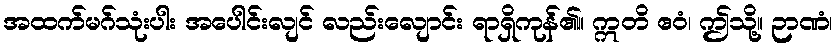
အထက်မဂ်သုံးပါး အပေါင်းလျင် လည်းလျောင်း ရာရှိကုန်၏။ ဣတိ ဧဝံ၊ ဤသို့။ ဉာဏံ၊